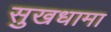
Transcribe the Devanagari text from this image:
सुखधामा